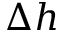
\Delta h